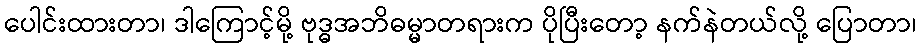
ပေါင်းထားတာ၊ ဒါကြောင့်မို့ ဗုဒ္ဓအဘိဓမ္မာတရားက ပိုပြီးတော့ နက်နဲတယ်လို့ ပြောတာ၊